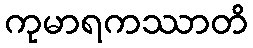
ကုမာရကဿာတိ